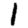
Digit: 1